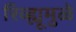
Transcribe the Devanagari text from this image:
रिव्ह्यूमुळे